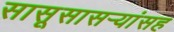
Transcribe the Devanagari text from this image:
सासूसासऱ्यांसह